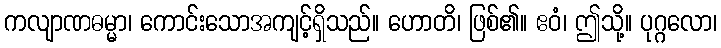
ကလျာဏဓမ္မာ၊ ကောင်းသောအကျင့်ရှိသည်။ ဟောတိ၊ ဖြစ်၏။ ဧဝံ၊ ဤသို့။ ပုဂ္ဂလော၊